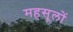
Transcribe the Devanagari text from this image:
महसूलों